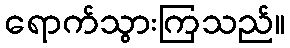
ရောက်သွားကြသည်။